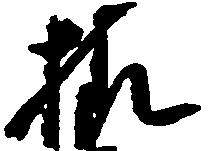
様